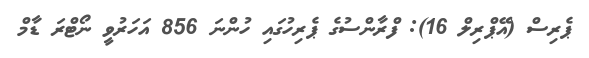
ޕެރިސް (އޭޕްރިލް 16): ފްރާންސުގެ ޕެރިހުގައި ހުންނަ 856 އަހަރުވީ ނޯޓްރަ ޑާމް